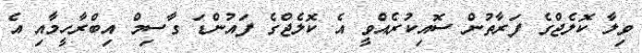
ވިލާ ކޮލެޖްގެ ފަރާތުން ސޮއިކުރެއްވީ އެ ކޮލެޖްގެ ފައުންޑަ ގާސިމް އިބްރާހީމާއި އެ